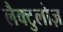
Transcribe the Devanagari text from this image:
लैक्टुलोज़